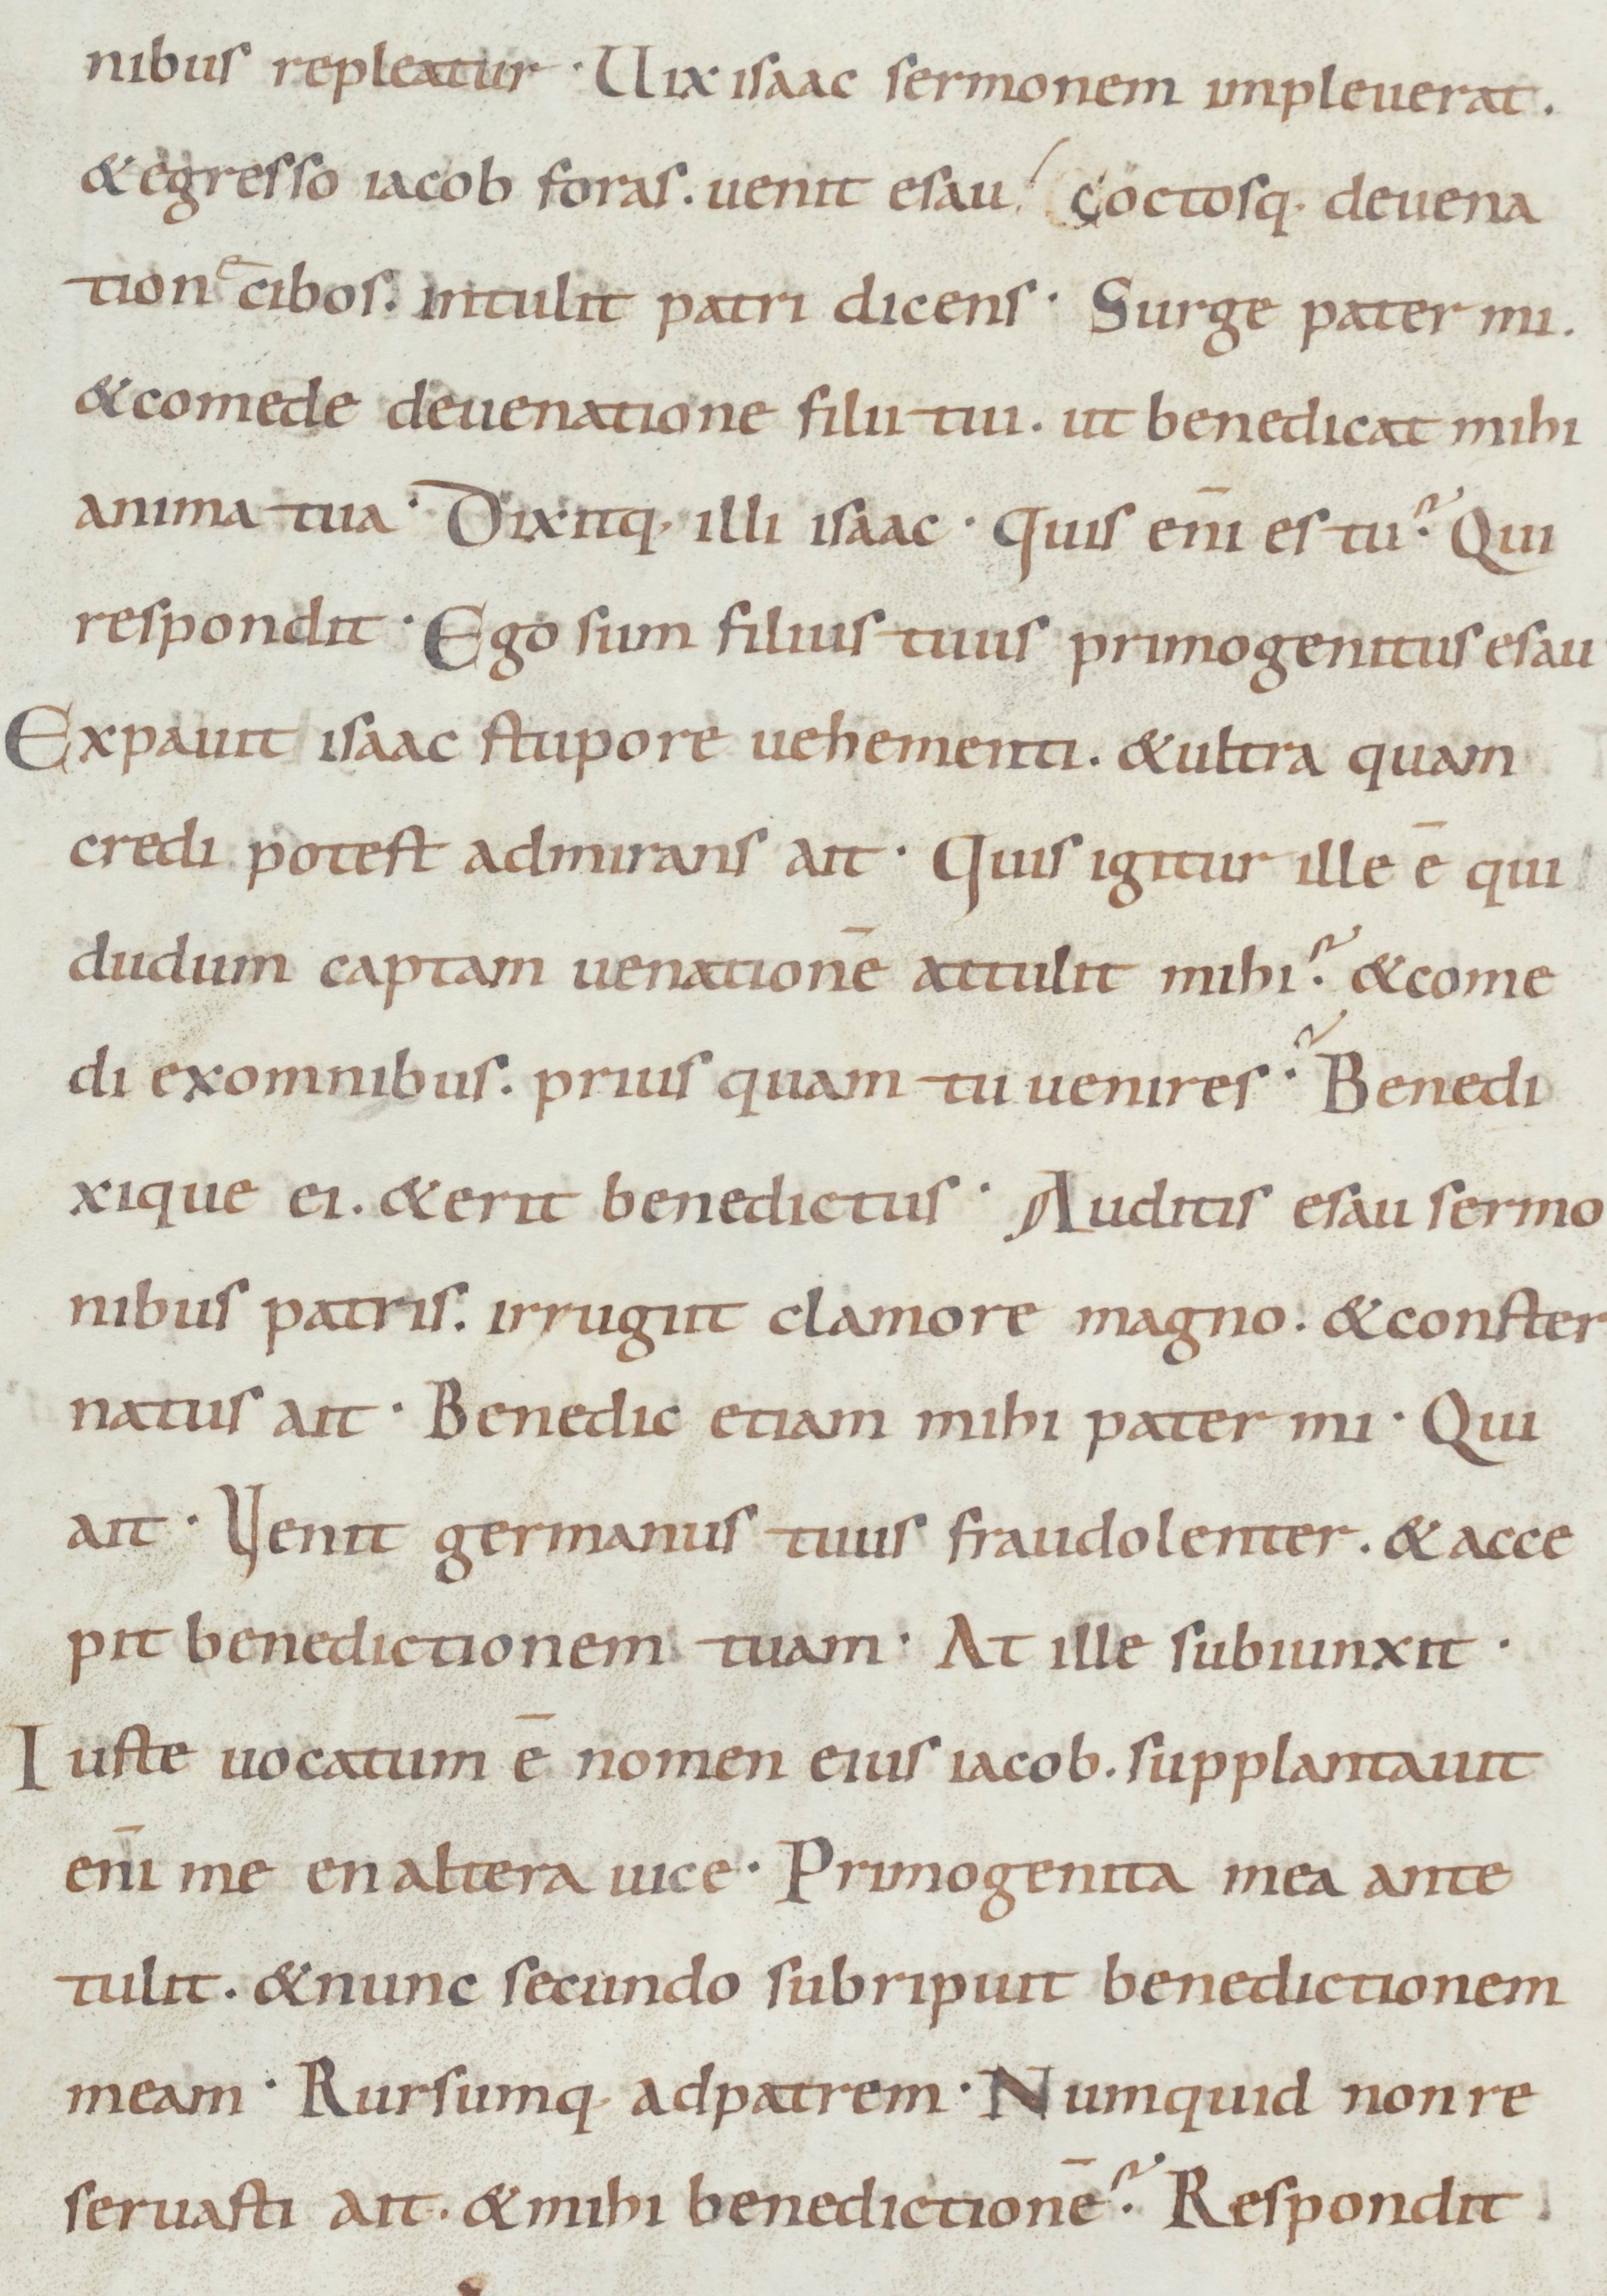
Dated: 900–949